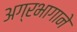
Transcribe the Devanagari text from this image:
अग्रभागाने